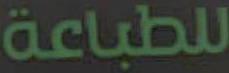
للطباعة